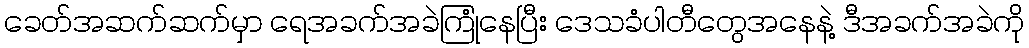
ခေတ်အဆက်ဆက်မှာ ရေအခက်အခဲကြုံနေပြီး ဒေသခံပါတီတွေအနေနဲ့ ဒီအခက်အခဲကို